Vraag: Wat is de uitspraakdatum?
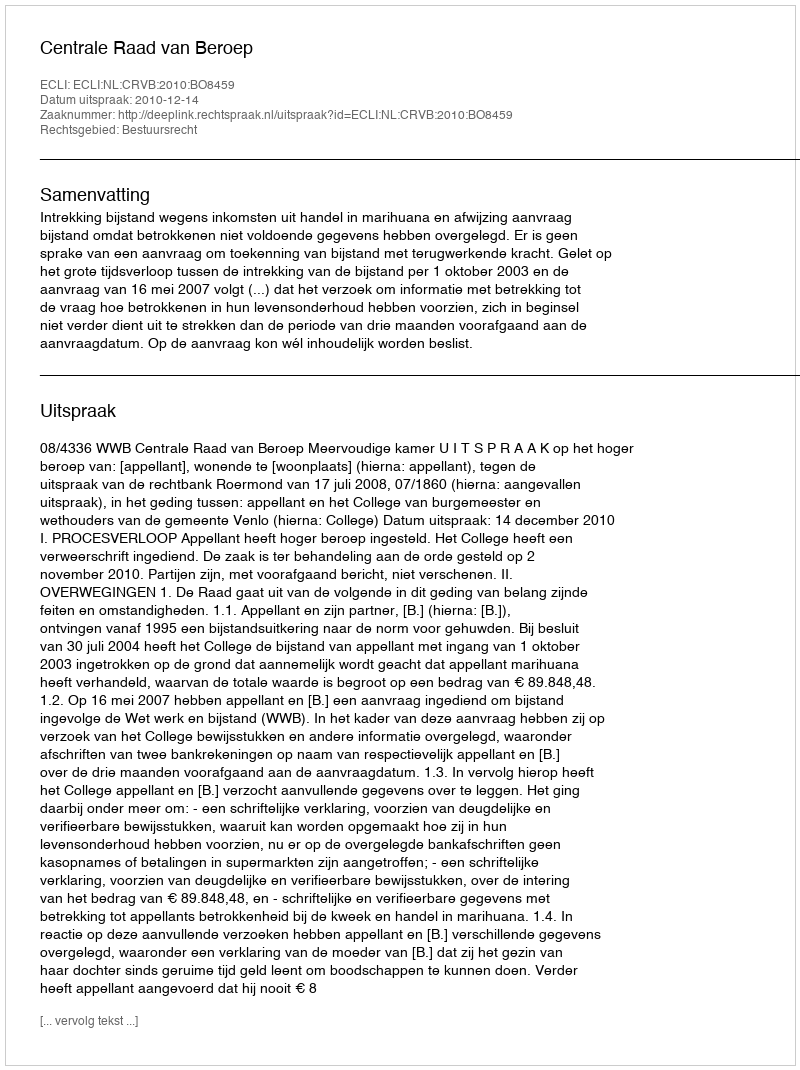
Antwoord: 2010-12-14